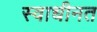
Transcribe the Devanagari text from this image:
स्वाधीनत